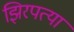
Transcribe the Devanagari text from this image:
झिरपत्या